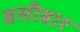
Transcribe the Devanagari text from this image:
बसीबार